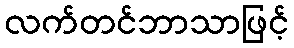
လက်တင်ဘာသာဖြင့်